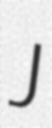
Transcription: J